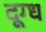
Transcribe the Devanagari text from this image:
दूग्ध